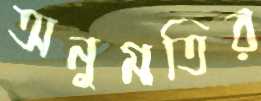
অনুমতির